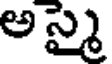
అస్మై